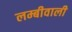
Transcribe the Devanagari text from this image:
लम्बीवाली